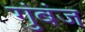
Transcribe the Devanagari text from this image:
गुंबंज